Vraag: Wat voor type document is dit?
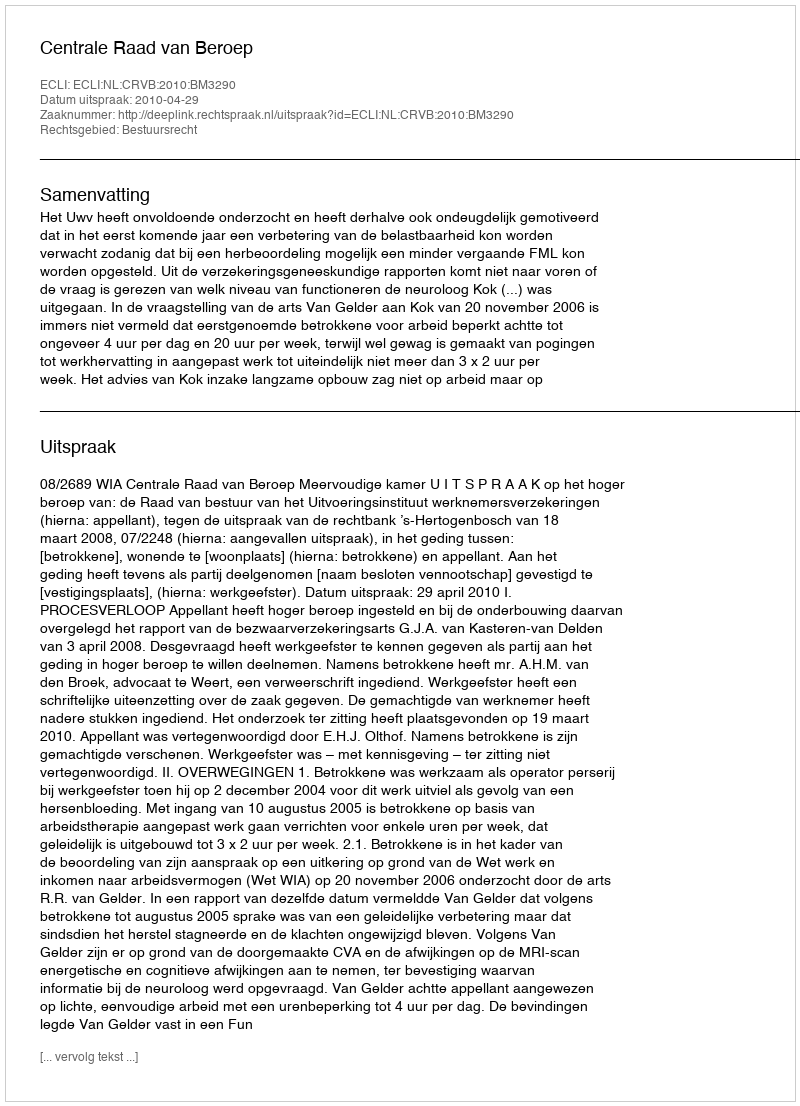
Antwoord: Uitspraak